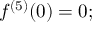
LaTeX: f ^ { ( 5 ) } ( 0 ) = 0 ;